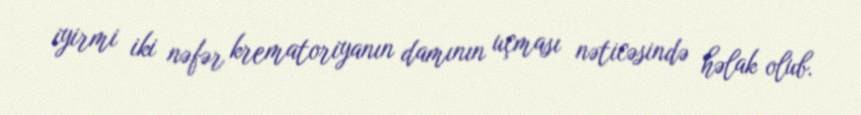
iyirmi iki nəfər krematoriyanın damının uçması nəticəsində həlak olub.